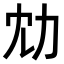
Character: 𠠹